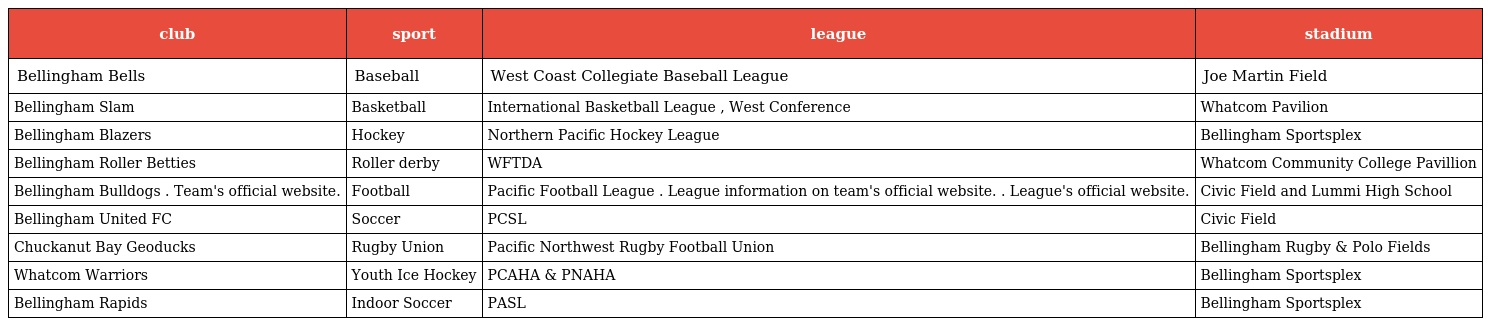
| club | sport | league | stadium |
 | --- | --- | --- | --- |
 | Bellingham Bells | Baseball | West Coast Collegiate Baseball League | Joe Martin Field |
 | Bellingham Slam | Basketball | International Basketball League , West Conference | Whatcom Pavilion |
 | Bellingham Blazers | Hockey | Northern Pacific Hockey League | Bellingham Sportsplex |
 | Bellingham Roller Betties | Roller derby | WFTDA | Whatcom Community College Pavillion |
 | Bellingham Bulldogs . Team's official website. | Football | Pacific Football League . League information on team's official website. . League's official website. | Civic Field and Lummi High School |
 | Bellingham United FC | Soccer | PCSL | Civic Field |
 | Chuckanut Bay Geoducks | Rugby Union | Pacific Northwest Rugby Football Union | Bellingham Rugby & Polo Fields |
 | Whatcom Warriors | Youth Ice Hockey | PCAHA & PNAHA | Bellingham Sportsplex |
 | Bellingham Rapids | Indoor Soccer | PASL | Bellingham Sportsplex |